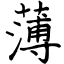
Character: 薄